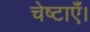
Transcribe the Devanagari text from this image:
चेष्टाएँ।